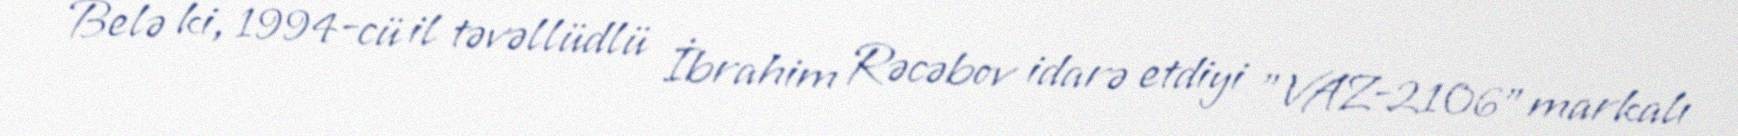
Belə ki, 1994-cü il təvəllüdlü İbrahim Rəcəbov idarə etdiyi "VAZ-2106" markalı